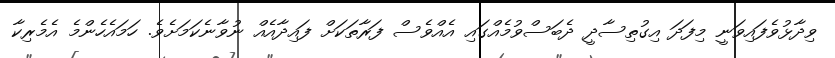
ވިދާޅުވެފައިވަނީ މިފަދަ އިގުތިސާދީ ދެބަސްވުމެއްގައި އެއްވެސް ފަރާތަކަށް ފައިދާއެއް ނުވާނެކަމަށެވެ. ހަމައެހެންމެ އެމެރިކާ